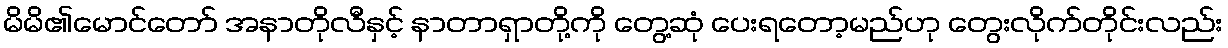
မိမိ၏မောင်တော် အနာတိုလီနှင့် နာတာရှာတို့ကို တွေ့ဆုံ ပေးရတော့မည်ဟု တွေးလိုက်တိုင်းလည်း